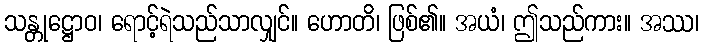
သန္တုဋ္ဌောဝ၊ ရောင့်ရဲသည်သာလျှင်။ ဟောတိ၊ ဖြစ်၏။ အယံ၊ ဤသည်ကား။ အဿ၊